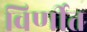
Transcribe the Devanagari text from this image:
विर्णीत